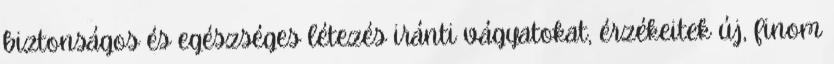
biztonságos és egészséges létezés iránti vágyatokat, érzékeitek új, finom